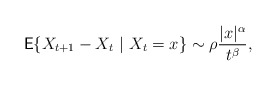
\begin{align*}\mathsf{E}\{X_{t+1}-X_t~|~X_t=x\}\sim \rho \frac{|x|^\alpha}{t^\beta},\end{align*}